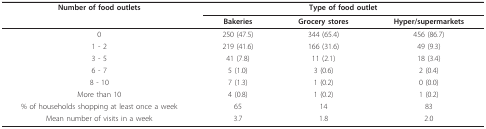
| Number of food outlets | <COLSPAN=3> Type of food outlet |
 |  | Bakeries | Grocery stores | Hyper/supermarkets |
 | --- | --- | --- | --- |
 | 0 | 250 (47.5) | 344 (65.4) | 456 (86.7) |
 | 1 - 2 | 219 (41.6) | 166 (31.6) | 49 (9.3) |
 | 3 - 5 | 41 (7.8) | 11 (2.1) | 18 (3.4) |
 | 6 - 7 | 5 (1.0) | 3 (0.6) | 2 (0.4) |
 | 8 - 10 | 7 (1.3) | 1 (0.2) | 0 (0.0) |
 | More than 10 | 4 (0.8) | 1 (0.2) | 1 (0.2) |
 | % of households shopping at least once a week | 65 | 14 | 83 |
 | Mean number of visits in a week | 3.7 | 1.8 | 2.0 |